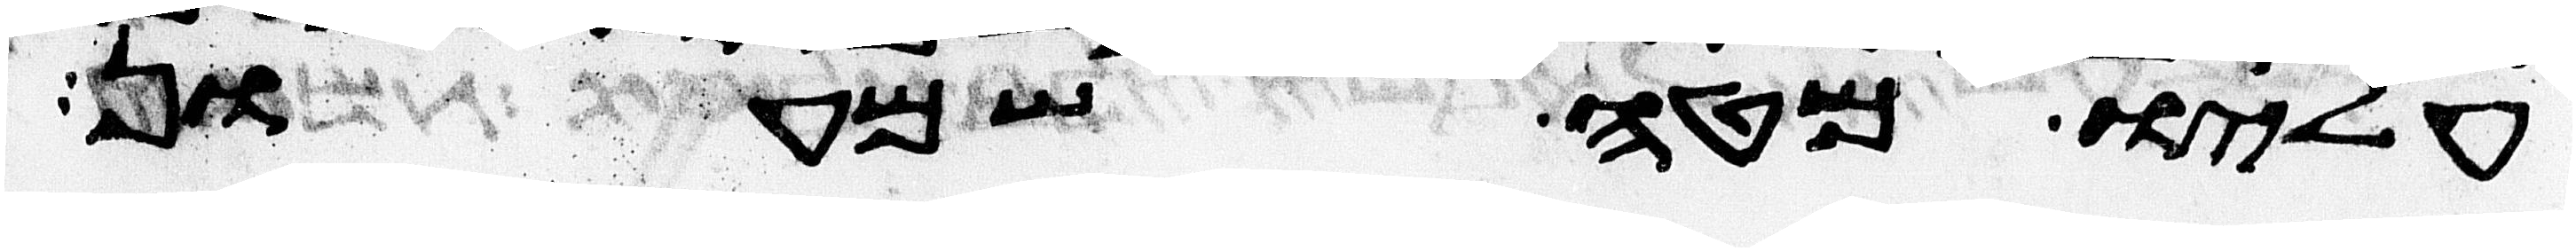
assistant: עליו מטה שמעון